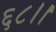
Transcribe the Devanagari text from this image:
६८।।